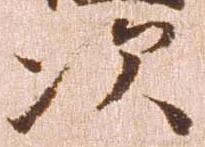
次